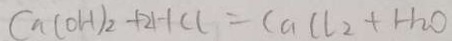
C a ( O H ) _ { 2 } + 2 H C l = C a C l _ { 2 } + H _ { 2 } O